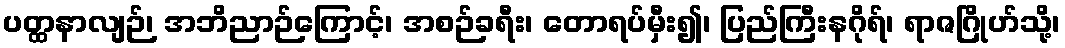
ပတ္ထနာလျဉ်၊ အဘိညာဉ်ကြောင့်၊ အစဉ်ခရီး၊ တောရပ်မှီး၍၊ ပြည်ကြီးနဂိုရ်၊ ရာဇဂြိုဟ်သို့၊